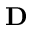
\mathbf { D }